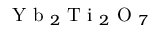
\mathrm { ~ Y ~ b ~ } _ { 2 } \mathrm { ~ T ~ i ~ } _ { 2 } \mathrm { ~ O ~ } _ { 7 }